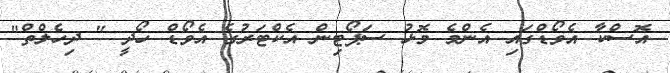
އޮސްކާ އެވޯޑްގައި އެންމެ މޮޅު ސަޕޯޓިން އެކްޓަރުގެ އެވޯޑް ހޯދީ " ދިހެލްތް"